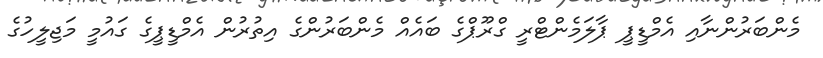
މެންބަރުންނާއި އެމްޑީޕީ ޕާލަމެންޓްރީ ގްރޫޕްގެ ބައެއް މެންބަރުންގެ އިތުރުން އެމްޑީޕީގެ ގައުމީ މަޖިލީހުގެ